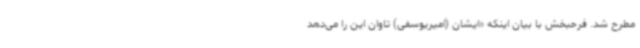
مطرح شد. فرحبخش با بیان اینکه «ایشان (امیریوسفی) تاوان این را می‌دهد